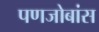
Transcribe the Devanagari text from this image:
पणजोबांस